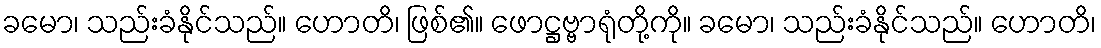
ခမော၊ သည်းခံနိုင်သည်။ ဟောတိ၊ ဖြစ်၏။ ဖောဋ္ဌဗ္ဗာရုံတို့ကို။ ခမော၊ သည်းခံနိုင်သည်။ ဟောတိ၊